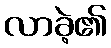
လာခဲ့၏